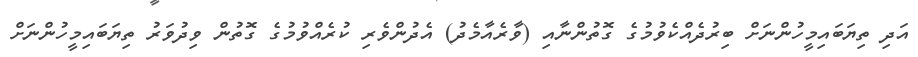
އަދި ތިޔަބައިމީހުންނަށް ބިރުދެއްކެވުމުގެ ގޮތުންނާއި (ވާރެއާމެދު) އެދުންވެރި ކުރެއްވުމުގެ ގޮތުން ވިދުވަރު ތިޔަބައިމީހުންނަށް